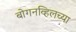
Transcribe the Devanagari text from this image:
बोगनव्हिलच्या